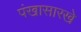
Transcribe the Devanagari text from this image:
पंखासारखे